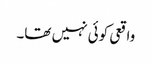
واقعی کوئی نہیں تھا۔